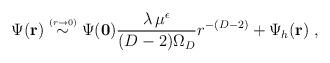
LaTeX: \begin{align*}\Psi ({\bf r})\stackrel{\scriptscriptstyle(r \rightarrow 0)}{\sim}\Psi ({\bf 0})\frac{\lambda \, \mu^{\epsilon} }{ (D-2) \Omega_{D} } r^{-(D-2)}+ \Psi_{h} ({\bf r})\; ,\end{align*}